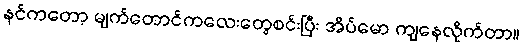
နင်ကတော့ မျက်တောင်ကလေးတွေစင်းပြီး အိပ်မော ကျနေလိုက်တာ။